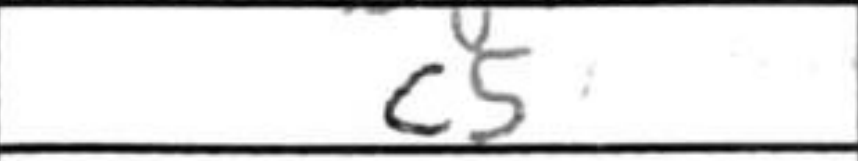
Transcription: c5